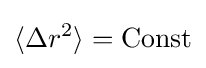
\langle \Delta r^{2}\rangle ={\text{Const}}